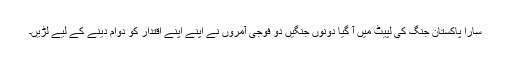
سارا پاکستان جنگ کی لپیٹ میں آ گیا دونوں جنگیں دو فوجی آمروں نے اپنے اپنے اقتدار کو دوام دینے کے لیے لڑیں۔